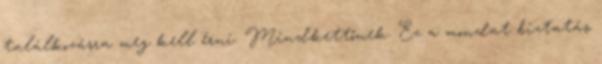
találkozásra meg kell érni. Mindkettőnek. Ez a mondat biztatás